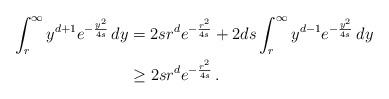
LaTeX: \begin{align*} \int_r^\infty y^{d+1}e^{-\frac{y^2}{4s}}\,dy&=2sr^{d}e^{-\frac{r^2}{4s}}+2ds\int_r^\infty y^{d-1}e^{-\frac{y^2}{4s}}\,dy\\ &\geq 2sr^{d}e^{-\frac{r^2}{4s}}\,.\end{align*}